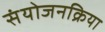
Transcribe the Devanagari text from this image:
संयोजनक्रिया